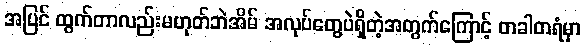
အပြင် ထွက်တာလည်းမဟုတ်ဘဲအိမ် အလုပ်တွေပဲရှိတဲ့အတွက်ကြောင့် တခါတရံမှာ